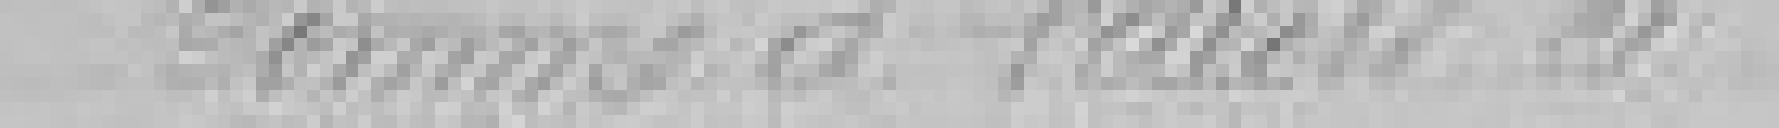
somme à valoir ci